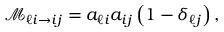
\mathcal { M } _ { \ell i \rightarrow i j } = a _ { \ell i } a _ { i j } \left( 1 - \delta _ { \ell j } \right) ,